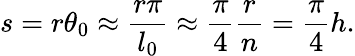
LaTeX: s=r\theta_{0}\approx\frac{r\pi}{l_{0}}\approx\frac{\pi}{4}\frac{r}{n}=\frac{\pi}{4}h.